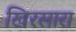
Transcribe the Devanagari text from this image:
खिरसारा